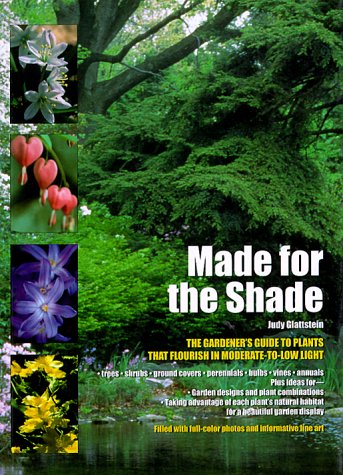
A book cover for Made for the Shade; Judy Glattstein; Crafts, Hobbies & Home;